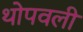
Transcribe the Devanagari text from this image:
थोपवली